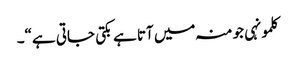
کلمونہی جو منہ میں آتا ہے بکتی جاتی ہے“۔